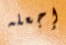
إجعله